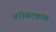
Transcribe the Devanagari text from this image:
बरोबरकाम